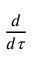
\frac { d } { d \tau }